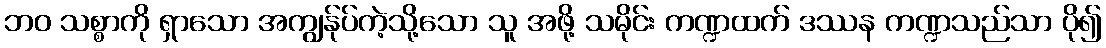
ဘဝ သစ္စာကို ရှာသော အကျွန်ုပ်ကဲ့သို့သော သူ အဖို့ သမိုင်း ကဏ္ဍထက် ဒဿန ကဏ္ဍသည်သာ ပို၍